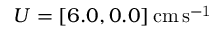
U = [ 6 . 0 , 0 . 0 ] \, \mathrm { c m \, s ^ { - 1 } }